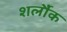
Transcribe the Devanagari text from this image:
शर्लौक